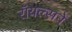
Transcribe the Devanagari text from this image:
रॉयल्सने